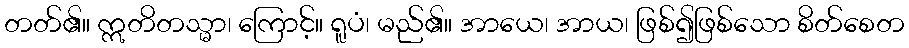
တတ်၏။ ဣတိတသ္မာ၊ ကြောင့်။ ရူပံ၊ မည်၏။ အာယေ၊ အာယ၊ ဖြစ်၍ဖြစ်သော စိတ်စေတ